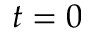
t = 0